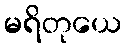
မရိတုယေ